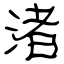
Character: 渚